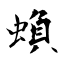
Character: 蝜